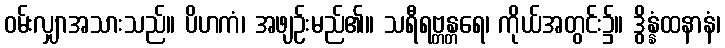
ဝမ်းလျှာအသားသည်။ ပိဟကံ၊ အဖျဉ်းမည်၏။ သရီရဗ္တန္တရေ၊ ကိုယ်အတွင်း၌။ ဒွိန္နံထနာနံ၊